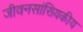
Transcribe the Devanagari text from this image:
जीवनसांख्यिकीय